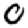
Digit: 0